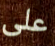
على